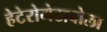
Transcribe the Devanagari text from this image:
हेटेरोमेटाबोला